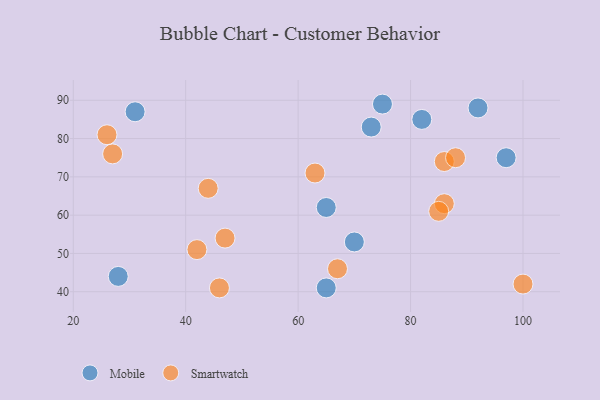
{"axis": {"x": "GDP", "y": "Life Expectancy"}, "legend": ["Mobile", "Smartwatch"], "data": [{"x": "82", "y": 85, "type": "Mobile"}, {"x": "28", "y": 44, "type": "Mobile"}, {"x": "70", "y": 53, "type": "Mobile"}, {"x": "65", "y": 41, "type": "Mobile"}, {"x": "92", "y": 88, "type": "Mobile"}, {"x": "31", "y": 87, "type": "Mobile"}, {"x": "65", "y": 62, "type": "Mobile"}, {"x": "75", "y": 89, "type": "Mobile"}, {"x": "97", "y": 75, "type": "Mobile"}, {"x": "73", "y": 83, "type": "Mobile"}, {"x": "27", "y": 76, "type": "Smartwatch"}, {"x": "86", "y": 74, "type": "Smartwatch"}, {"x": "42", "y": 51, "type": "Smartwatch"}, {"x": "63", "y": 71, "type": "Smartwatch"}, {"x": "46", "y": 41, "type": "Smartwatch"}, {"x": "86", "y": 63, "type": "Smartwatch"}, {"x": "100", "y": 42, "type": "Smartwatch"}, {"x": "67", "y": 46, "type": "Smartwatch"}, {"x": "47", "y": 54, "type": "Smartwatch"}, {"x": "44", "y": 67, "type": "Smartwatch"}, {"x": "85", "y": 61, "type": "Smartwatch"}, {"x": "88", "y": 75, "type": "Smartwatch"}, {"x": "26", "y": 81, "type": "Smartwatch"}]}